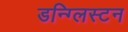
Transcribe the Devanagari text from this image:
डन्ग्लिस्टन